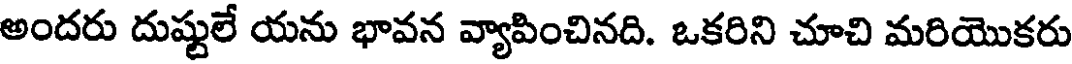
అందరు దుష్టులే యను భావన వ్యాపించినది. ఒకరిని చూచి మరియొకరు